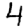
Digit: 4